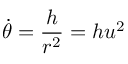
{ \dot { \theta } } = { \frac { h } { r ^ { 2 } } } = h u ^ { 2 }